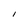
Character: I